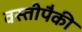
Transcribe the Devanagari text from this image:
वस्तीपैकी